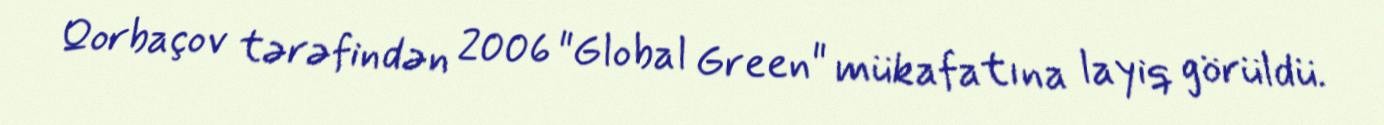
Qorbaçov tərəfindən 2006 "Global Green" mükafatına layiq görüldü.